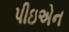
પીઇએન